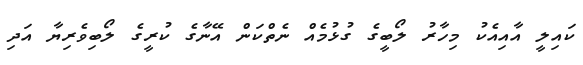
ކައިލީ އާއިއެކު މިހާރު ލޯބީގެ ގުޅުމެއް ނެތްކަން އޭނާގެ ކުރީގެ ލޯބިވެރިޔާ އަދި